Report on horse surra - Volume I
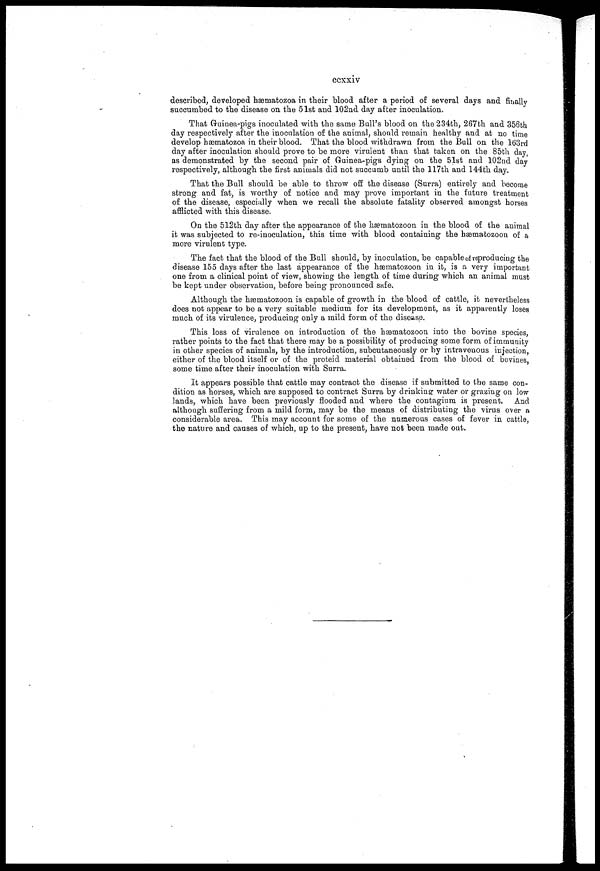
ccxxiv
described, developed hæmatozoa in their blood after a period of several days and finally
succumbed to the disease on the 51st and 102nd day after inoculation.
That Guinea-pigs inoculated with the same Bull's blood on the 234th, 267th and 356th
day respectively after the inoculation of the animal, should remain healthy and at no time
develop hæmatozoa in their blood. That the blood withdrawn from the Bull on the 163rd
day after inoculation should prove to be more virulent than that taken on the 85th day,
as demonstrated by the second pair of Guinea-pigs dying on the 51st and 102nd day
respectively, although the first animals did not succumb until the 117th and 144th day.
That the Bull should be able to throw off the disease (Surra) entirely and become
strong and fat, is worthy of notice and may prove important in the future treatment
of the disease, especially when we recall the absolute fatality observed amongst horses
afflicted with this disease.
On the 512th day after the appearance of the hæmatozoon in the blood of the animal
it was subjected to re-inoculation, this time with blood containing the hæmatozoon of a
more virulent type.
The fact that the blood of the Bull should, by inoculation, be capable of reproducing the
disease 155 days after the last appearance of the hæmatozoon in it, is a very important
one from a clinical point of view, showing the length of time during which an animal must
be kept under observation, before being pronounced safe.
Although the hæmatozoon is capable of growth in the blood of cattle, it nevertheless
does not appear to be a very suitable medium for its development, as it apparently loses
much of its virulence, producing only a mild form of the disease.
This loss of virulence on introduction of the hæmatozoon into the bovine species,
rather points to the fact that there may be a possibility of producing some form of immunity
in other species of animals, by the introduction, subcutaneously or by intravenous injection,
either of the blood itself or of the proteid material obtained from the blood of bovines,
some time after their inoculation with Surra.
It appears possible that cattle may contract the disease if submitted to the same con-
dition as horses, which are supposed to contract Surra by drinking water or grazing on low
lands, which have been previously flooded and where the contagium is present. And
although suffering from a mild form, may be the means of distributing the virus over a
considerable area. This may account for some of the numerous cases of fever in cattle,
the nature and causes of which, up to the present, have not been made out.